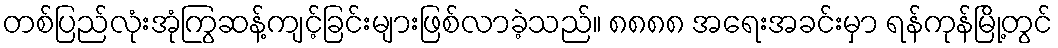
တစ်ပြည်လုံးအုံကြွဆန့်ကျင့်ခြင်းများဖြစ်လာခဲ့သည်။ ၈၈၈၈ အရေးအခင်းမှာ ရန်ကုန်မြို့တွင်